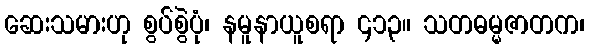
ဆေးသမားဟု စွပ်စွဲပုံ၊ နမူနာယူစရာ ၄၁၃။ သတဓမ္မဇာတက၊